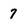
Character: 7